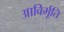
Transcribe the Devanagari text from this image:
आविर्भूति